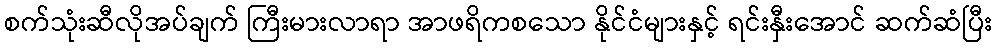
စက်သုံးဆီလိုအပ်ချက် ကြီးမားလာရာ အာဖရိကစသော နိုင်ငံများနှင့် ရင်းနှီးအောင် ဆက်ဆံပြီး